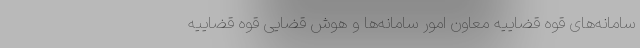
سامانه‌های قوه قضاییه معاون امور سامانه‌ها و هوش قضایی قوه قضاییه